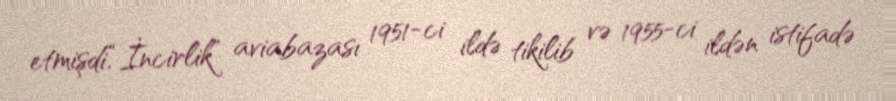
etmişdi.“İncirlik” aviabazası 1951-ci ildə tikilib və 1955-ci ildən istifadə